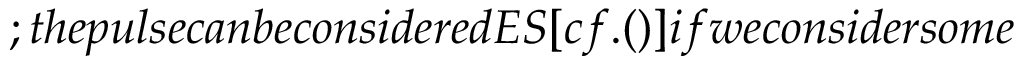
; t h e p u l s e c a n b e c o n s i d e r e d E S [ c f . ( ) ] i f w e c o n s i d e r s o m e